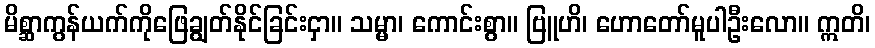
မိစ္ဆာကွန်ယက်ကိုဖြေချွတ်နိုင်ခြင်းငှာ။ သမ္မာ၊ ကောင်းစွာ။ ဗြူဟိ၊ ဟောတော်မူပါဦးလော။ ဣတိ၊